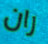
ران